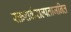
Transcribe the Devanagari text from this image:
रक्तशर्कराल्पताजनित